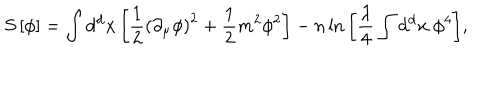
S \left[ \phi \right] = \int \mathrm { d ^ { d } } x \left[ { \frac { 1 } { 2 } } \left( \partial _ { \mu } \phi \right) ^ { 2 } + { \frac { 1 } { 2 } } m ^ { 2 } \phi ^ { 2 } \right] - n \ln { \left[ { \frac { \lambda } { 4 } } \int \mathrm { d ^ { d } } x \ \phi ^ { 4 } \right] } ,